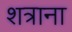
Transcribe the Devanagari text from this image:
शत्राना